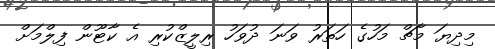
މިދިޔަ މާޗް މަހުގެ ހަތަރު ވަނަ ދުވަހު ރިލީޒްކުރި އެ ކާޓޫން ފިލްމަށް